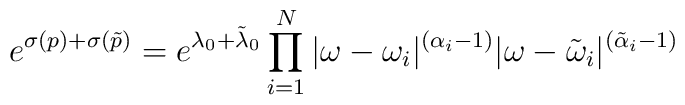
e^{\sigma(p) + \sigma (\tilde{p})} = e^{\lambda_{0} + \tilde{\lambda}_{0} }  \prod_{i=1}^{N} | \omega -\omega_{i}|^{(\alpha_{i} -1)} | \omega  - \tilde{\omega}_{i}|^{(\tilde{\alpha}_{i} -1)}